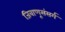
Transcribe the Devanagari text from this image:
जिवाणूसंसर्ग